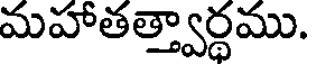
మహాతత్త్వార్థము.